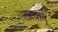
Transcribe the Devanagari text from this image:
तरवान्